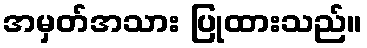
အမှတ်အသား ပြုထားသည်။